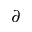
\partial